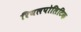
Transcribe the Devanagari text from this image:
रियलपोलिटिक